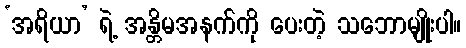
‘အရိယာ’ ရဲ့ အန္တိမအနက်ကို ပေးတဲ့ သဘောမျိုးပါ။